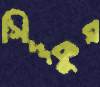
সিদ্দকুর